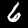
Digit: 6